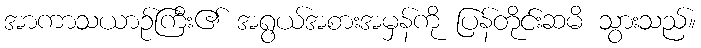
အာကာသယာဉ်ကြီး၏ အရွယ်အစားအမှန်ကို ပြန်တိုင်းဆမိ သွားသည်။